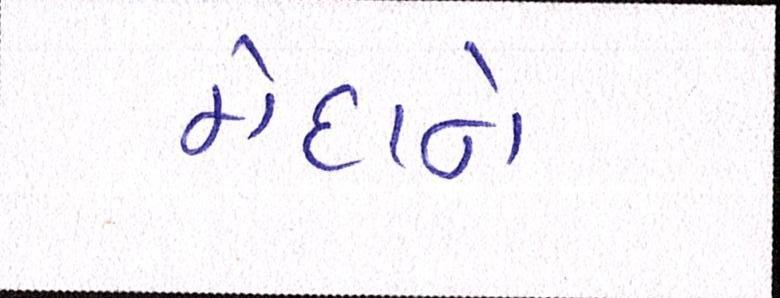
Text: મેદાને